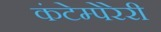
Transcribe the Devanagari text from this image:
कंटेम्पेरेरी